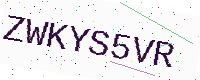
Text: ZWKYS5VR